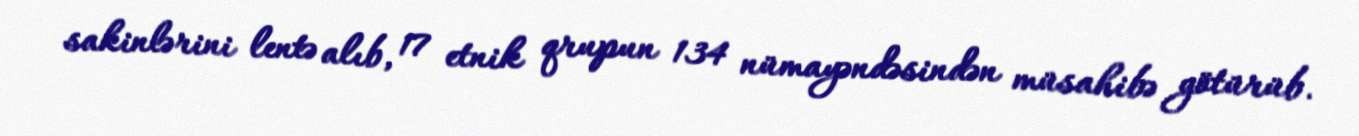
sakinlərini lentə alıb, 17 etnik qrupun 134 nümayəndəsindən müsahibə götürüb.